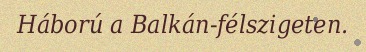
Háború a Balkán-félszigeten.